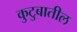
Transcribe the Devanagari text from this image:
कुटुबातील